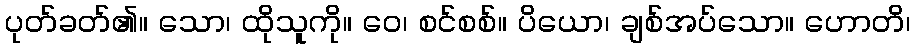
ပုတ်ခတ်၏။ သော၊ ထိုသူကို။ ဝေ၊ စင်စစ်။ ပိယော၊ ချစ်အပ်သော။ ဟောတိ၊